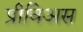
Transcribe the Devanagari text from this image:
प्रीविअस